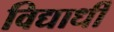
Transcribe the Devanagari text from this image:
विद्यार्धी